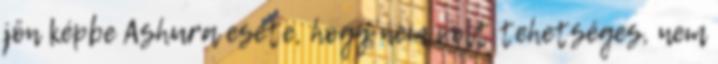
jön képbe Ashura esete, hogy nem volt tehetséges, nem